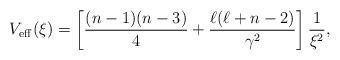
LaTeX: \begin{align*}V_{\rm eff}(\xi)= \left[\frac{(n-1)(n-3)}{4}+\frac{\ell(\ell+n-2)}{\gamma^2}\right]\frac{1}{\xi^2} ,\end{align*}